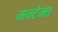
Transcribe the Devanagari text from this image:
मन्टेना